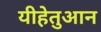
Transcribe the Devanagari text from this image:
यीहेतुआन